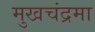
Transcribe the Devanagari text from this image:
मुखचंद्रमा